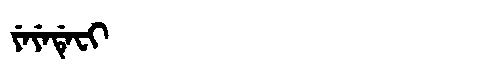
Manchu: ᠶᡝᠶᡝᡩᡝᠸᡳ
Romanization: YEYEDEFI